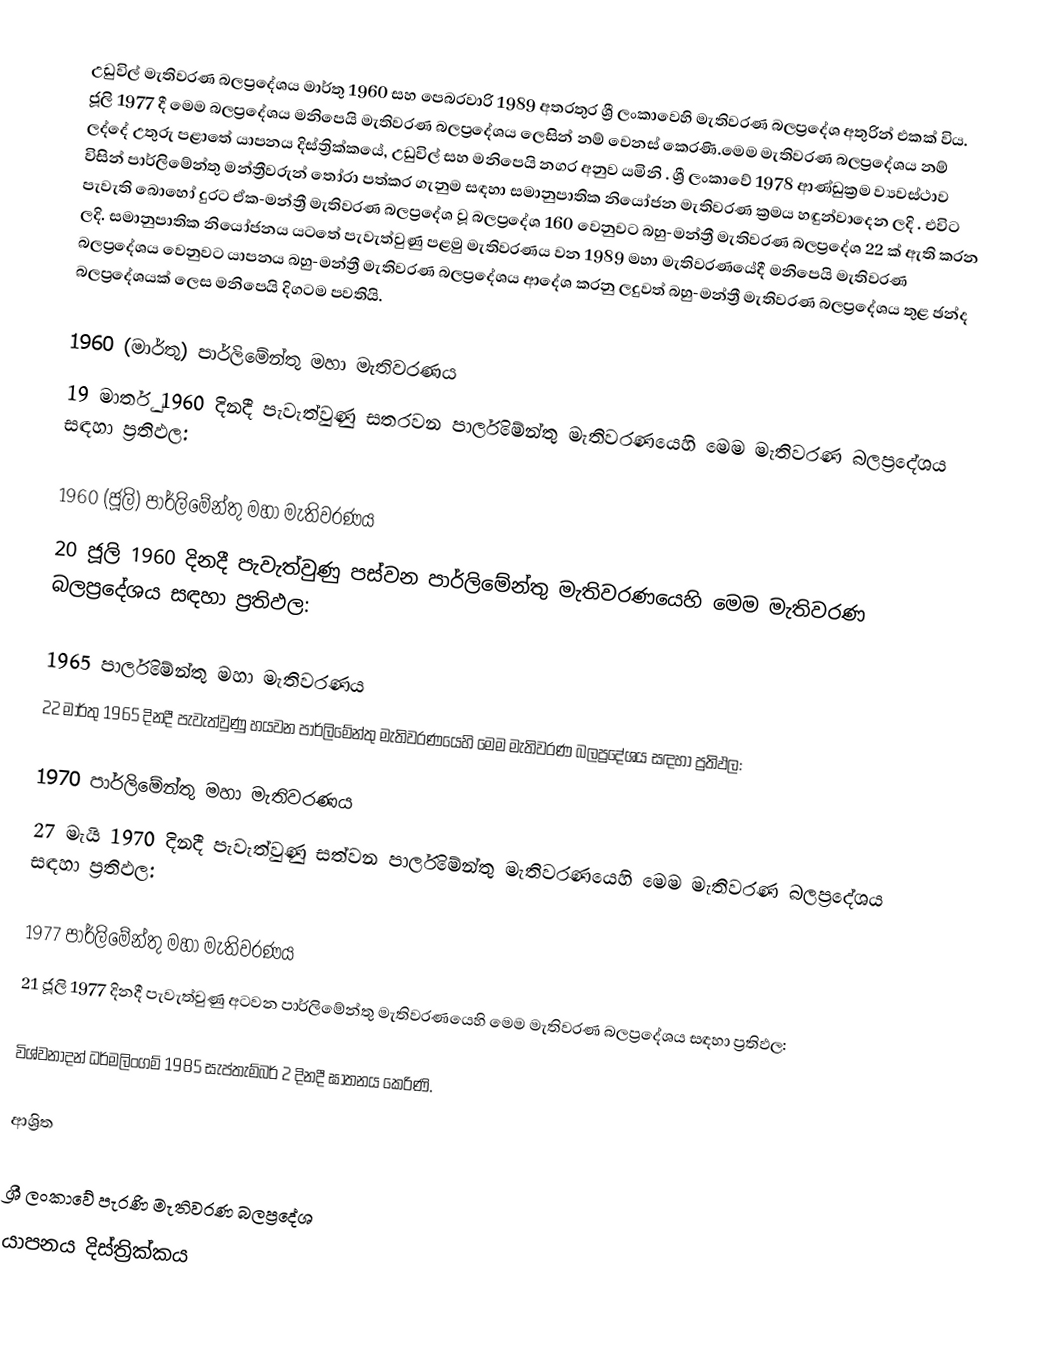
උඩුවිල් මැතිවරණ බලප්‍රදේශය   මාර්තු 1960 සහ පෙබරවාරි 1989 අතරතුර  ශ්‍රී ලංකාවෙහි  මැතිවරණ බලප්‍රදේශ අතුරින් එකක් විය. ජූලි 1977 දී මෙම බලප්‍රදේශය මනිපෙයි මැතිවරණ බලප්‍රදේශය ලෙසින් නම් වෙනස් කෙරණි.මෙම මැතිවරණ බලප්‍රදේශය නම් ලද්දේ උතුරු පළාතේ  යාපනය දිස්ත්‍රික්කයේ,  උඩුවිල් සහ මනිපෙයි නගර අනුව යමිනි . ශ්‍රී ලංකාවේ 1978 ආණ්ඩුක්‍රම ව්‍යවස්ථාව විසින්   පාර්ලිමේන්තු මන්ත්‍රීවරුන් තෝරා පත්කර ගැනුම සඳහා සමානුපාතික නියෝජන මැතිවරණ ක්‍රමය හඳුන්වාදෙන ලදි . එවිට පැවැති බොහෝ දුරට  ඒක-මන්ත්‍රී මැතිවරණ බලප්‍රදේශ වූ බලප්‍රදේශ 160 වෙනුවට බහු-මන්ත්‍රී මැතිවරණ බලප්‍රදේශ 22 ක් ඇති කරන ලදි. සමානුපාතික නියෝජනය යටතේ පැවැත්වුණු පළමු මැතිවරණය වන 1989 මහා මැතිවරණයේදී  මනිපෙයි මැතිවරණ බලප්‍රදේශය වෙනුවට  යාපනය බහු-මන්ත්‍රී මැතිවරණ බලප්‍රදේශය  ආදේශ කරනු ලදුවත් බහු-මන්ත්‍රී මැතිවරණ බලප්‍රදේශය තුළ ඡන්ද බලප්‍රදේශයක් ලෙස මනිපෙයි දිගටම පවතියි.

1960 (මාර්තු) පාර්ලිමේන්තු මහා මැතිවරණය
19 මාර්තු 1960 දිනදී පැවැත්වුණු  සතරවන පාර්ලිමේන්තු මැතිවරණයෙහි මෙම මැතිවරණ බලප්‍රදේශය සඳහා ප්‍රතිඵල:

1960 (ජූලි) පාර්ලිමේන්තු මහා මැතිවරණය
20 ජූලි 1960 දිනදී පැවැත්වුණු  පස්වන පාර්ලිමේන්තු මැතිවරණයෙහි මෙම මැතිවරණ බලප්‍රදේශය සඳහා ප්‍රතිඵල:

1965 පාර්ලිමේන්තු මහා මැතිවරණය
22 මාර්තු 1965  දිනදී පැවැත්වුණු  හයවන පාර්ලිමේන්තු මැතිවරණයෙහි මෙම මැතිවරණ බලප්‍රදේශය සඳහා ප්‍රතිඵල:

1970 පාර්ලිමේන්තු මහා මැතිවරණය
27 මැයි 1970 දිනදී පැවැත්වුණු  සත්වන පාර්ලිමේන්තු මැතිවරණයෙහි මෙම මැතිවරණ බලප්‍රදේශය සඳහා ප්‍රතිඵල:

1977 පාර්ලිමේන්තු මහා මැතිවරණය
21 ජූලි 1977 දිනදී පැවැත්වුණු  අටවන පාර්ලිමේන්තු මැතිවරණයෙහි මෙම මැතිවරණ බලප්‍රදේශය සඳහා ප්‍රතිඵල:

විශ්වනාදන් ධර්මලිංගම් 1985 සැප්තැම්බර් 2 දිනදී ඝාතනය කෙරිණි.

ආශ්‍රිත

ශ්‍රී ලංකාවේ පැරණි මැතිවරණ බලප්‍රදේශ
යාපනය දිස්ත්‍රික්කය